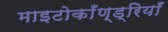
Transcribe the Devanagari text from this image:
माइटोकाँण्ड्रियाँ